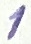
Text: 1